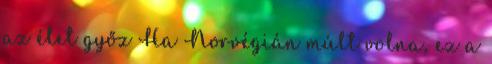
az élet győz Ha Norvégián múlt volna, ez a